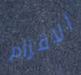
الاقزام